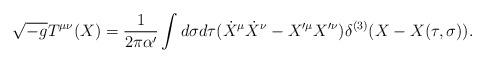
LaTeX: \begin{align*}\sqrt{-g}T^{\mu\nu}(X)=\frac{1}{2\pi\alpha'}\int d\sigma d\tau(\dot{X}^\mu\dot{X}^\nu-X'^\mu X'^\nu)\delta^{(3)}(X-X(\tau,\sigma)).\end{align*}